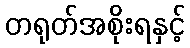
တရုတ်အစိုးရနှင့်